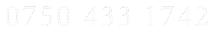
0750 433 1742